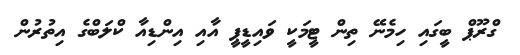
ގްރޫޕް ބީގައި ހިމެނޭ ތިން ޓީމަކީ ވައިޑީޕީ އާއި އިންޑިއާ ކްލަބްގެ އިތުރުން